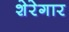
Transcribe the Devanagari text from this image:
शेरेगार